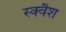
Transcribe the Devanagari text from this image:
स्‍क्‍वैश